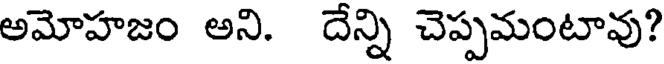
అమోహజం అని. దేన్ని చెప్పమంటావు?